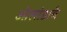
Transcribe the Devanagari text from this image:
ओलांडावे